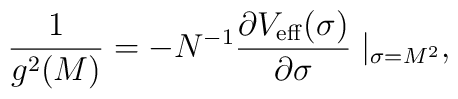
{1 \over g^2(M)}= -N^{-1}         {\partial V_{\rm eff}(\sigma) \over \partial \sigma}\mid         _{\sigma =M^2},